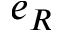
e _ { R }